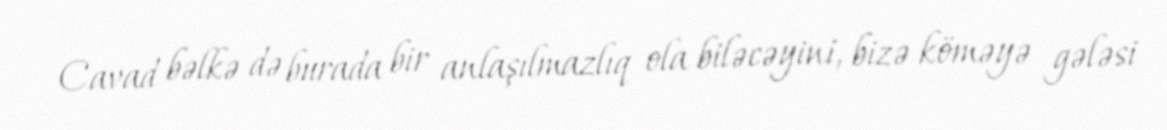
Cavad bəlkə də burada bir anlaşılmazlıq ola biləcəyini, bizə köməyə gələsi